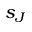
s _ { J }